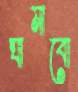
ঘামাবো